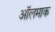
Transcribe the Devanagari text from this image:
ऑलमाक